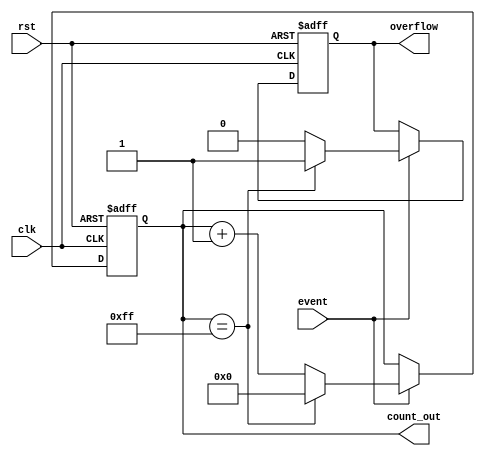
module event_counter (
    input wire clk,        // Clock signal
    input wire rst,        // Asynchronous reset signal
    input wire event,      // Event signal to trigger counting
    output reg [7:0] count_out, // 8-bit output count
    output reg overflow     // Overflow indicator
);

    // Synchronous process to handle counting
    always @(posedge clk or posedge rst) begin
        if (rst) begin
            count_out <= 8'b0; // Reset count to zero
            overflow <= 1'b0;   // Clear overflow indicator
        end else begin
            if (event) begin
                if (count_out == 8'hFF) begin // Check for overflow
                    count_out <= 8'b0; // Wrap around
                    overflow <= 1'b1;   // Set overflow flag
                end else begin
                    count_out <= count_out + 1; // Increment count
                    overflow <= 1'b0;   // Clear overflow flag
                end
            end
        end
    end

endmodule